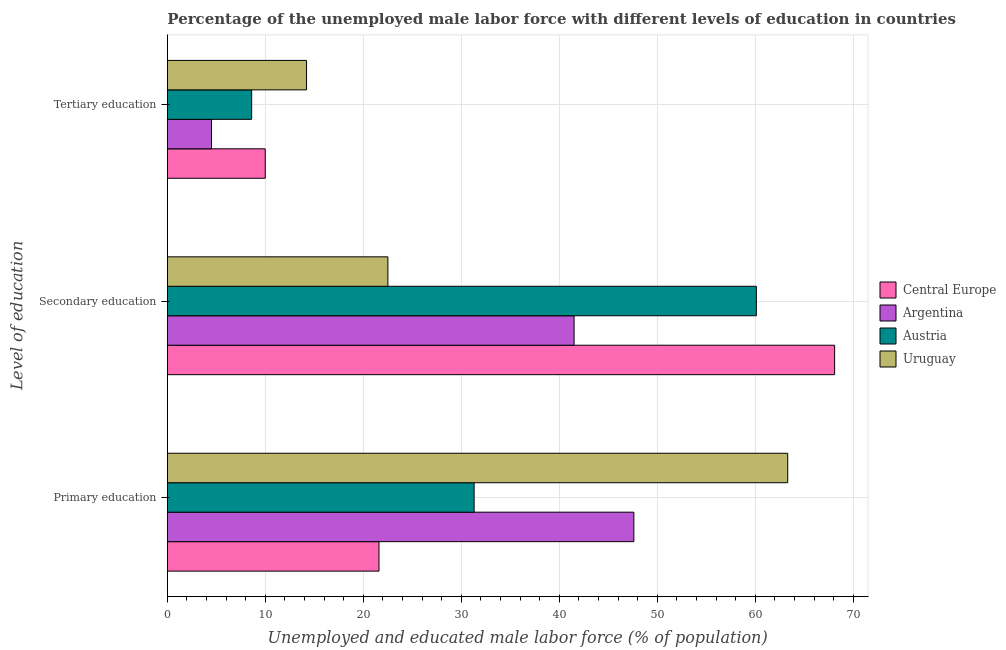
| Level of education | Central Europe | Argentina | Austria | Uruguay |
 | --- | --- | --- | --- | --- |
 | Primary education | 21.6 | 47.6 | 31.3 | 63.3 |
 | Secondary education | 68.1 | 41.5 | 60.1 | 22.5 |
 | Tertiary education | 9.98 | 4.5 | 8.6 | 14.2 |